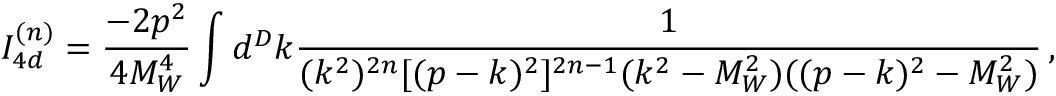
I _ { 4 d } ^ { ( n ) } = \frac { - 2 p ^ { 2 } } { 4 M _ { W } ^ { 4 } } \int d ^ { D } k \frac { 1 } { ( k ^ { 2 } ) ^ { 2 n } [ ( p - k ) ^ { 2 } ] ^ { 2 n - 1 } ( k ^ { 2 } - M _ { W } ^ { 2 } ) ( ( p - k ) ^ { 2 } - M _ { W } ^ { 2 } ) } \, ,